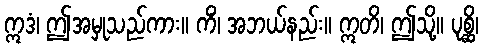
ဣဒံ၊ ဤအမှုသည်ကား။ ကိံ၊ အဘယ်နည်း။ ဣတိ၊ ဤသို့။ ပုစ္ဆိ၊